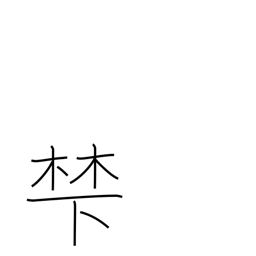
Meaning: base of a mountain